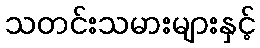
သတင်းသမားများနှင့်